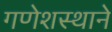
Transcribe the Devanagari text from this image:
गणेशस्थाने